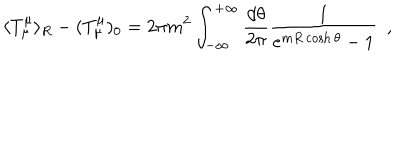
\langle T _ { \mu } ^ { \mu } \rangle _ { R } - ( T _ { \mu } ^ { \mu } ) _ { 0 } = 2 \pi m ^ { 2 } \int _ { - \infty } ^ { + \infty } \frac { d \theta } { 2 \pi } \frac { 1 } { e ^ { m R \cosh \theta } - 1 } \, \, \, ,